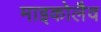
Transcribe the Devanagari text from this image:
माइकोलैव